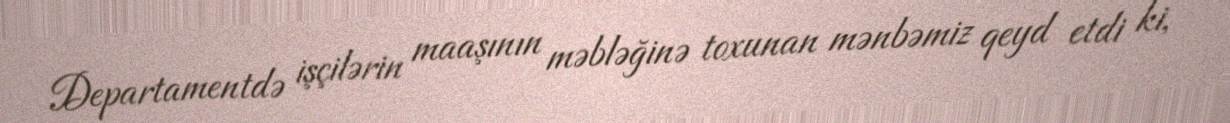
Departamentdə işçilərin maaşının məbləğinə toxunan mənbəmiz qeyd etdi ki,